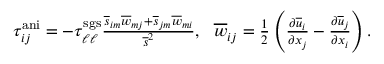
\begin{array} { r } { \tau _ { i j } ^ { \mathrm { a n i } } = - \tau _ { \ell \ell } ^ { \mathrm { s g s } } \frac { \overline { { s } } _ { i m } \overline { { w } } _ { m j } + \overline { { s } } _ { j m } \overline { { w } } _ { m i } } { \overline { { s } } ^ { 2 } } , \ \ \overline { { w } } _ { i j } = \frac { 1 } { 2 } \left( \frac { \partial \overline { { u } } _ { i } } { \partial x _ { j } } - \frac { \partial \overline { { u } } _ { j } } { \partial x _ { i } } \right) . } \end{array}